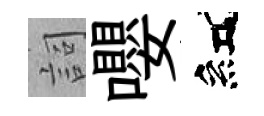
詞嚶紅